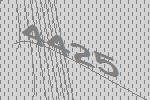
4425